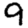
Digit: 9